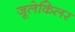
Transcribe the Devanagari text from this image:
जूलेकिलर